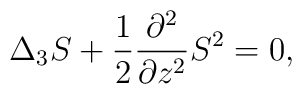
\Delta_3S+\frac{1}{2}\frac{\partial^2}{\partial z^2}S^2=0,